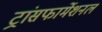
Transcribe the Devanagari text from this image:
ट्रांसफार्मेशनल